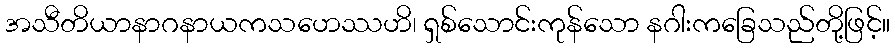
အသီတိယာနာဂနာယကသဟေဿဟိ၊ ရှစ်သောင်းကုန်သော နဂါးကခြေသည်တို့ဖြင့်။